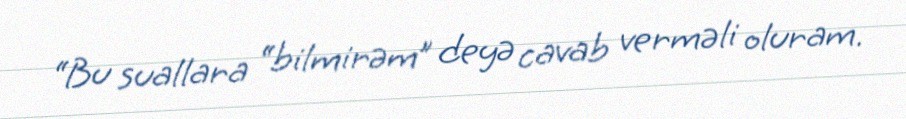
“Bu suallara “bilmirəm” deyə cavab verməli oluram.